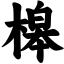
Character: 槔